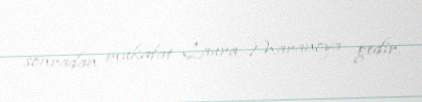
sonradan mükafat Laura Maranoya gedir.